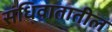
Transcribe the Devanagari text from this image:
संधिवातातील